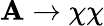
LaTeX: \mathbf{A}\to\chi\chi